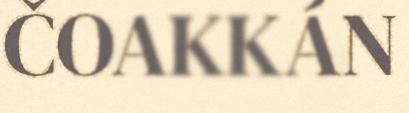
ČOAKKÁN